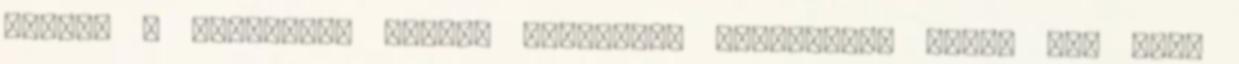
irtam, h barmilyen orvosi utasitast kikeruljon barki is, csak